Madras plague regulations in force outside the Presidency town - Volume 3
Disease focus: Plague
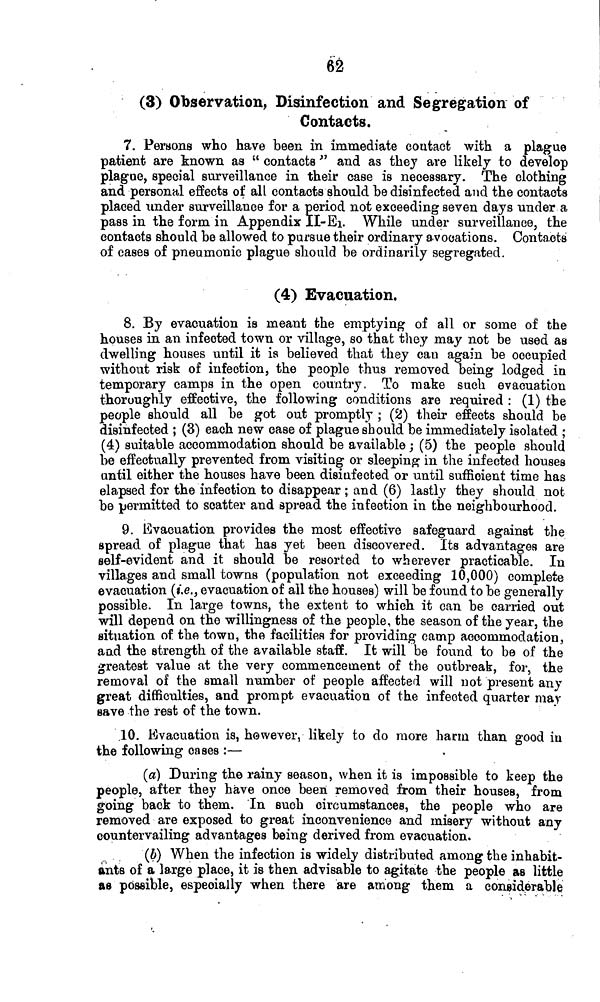
62
(3) Observation, Disinfection and Segregation of
Contacts.
7. Persons who have been in immediate contact with a plague
patient are known as " contacts " and as they are likely to develop
plague, special surveillance in their case is necessary. The clothing
and personal effects of all contacts should be disinfected and the contacts
placed under surveillance for a period not exceeding seven days under a
pass in the form in Appendix II-EI. While under surveillance, the
contacts should be allowed to pursue their ordinary avocations. Contacts
of cases of pneumonic plague should be ordinarily segregated.
(4) Evacuation.
8. By evacuation is meant the emptying of all or some of the
houses in an infected town or village, so that they may not be used as
dwelling houses until it is believed that they cau again be occupied
without risk of infection, the people thus removed being lodged in
temporary camps in the open country. To make such evacuation
thoroughly effective, the following conditions are required : (1) the
people should all be got out promptly ; (2) their effects should be
disinfected ; (3) each new case of plague should be immediately isolated ;
(4) suitable accommodation should be available ; (5) the people should
be effectually prevented from visiting or sleeping- in the infected houses
until either the houses have been disinfected or until sufficient time has
elapsed for the infection to disappear ; and (6) lastly they should not
be permitted to scatter and spread the infection in the neighbourhood.
9. Evacuation provides the most effective safeguard against the
spread of plague that has yet been discovered. Its advantages are
self-evident and it should be resorted to wherever practicable. In
villages and small towns (population not exceeding 10,000) complete
evacuation (i.e., evacuation of all the houses) will be found to be generally
possible. In large towns, the extent to which it can be carried out
will depend on the willingness of the people, the season of the year, the
situation of the town, the facilities for providing camp accommodation,
and the strength of the available staff. It will be found to be of the
greatest value at the very commencement of the outbreak, for, the
removal of the small number of people affected will not present any
great difficulties, and prompt evacuation of the infected quarter may
save the rest of the town.
.10. Evacuation is, h©wever, likely to do more harm than good in
the following cases :—
(a) During the rainy season, when it is impossible to keep the
people, after they have once been removed from their houses, from
going back to them. In such circumstances, the people who are
removed are exposed to great inconvenience and misery without any
countervailing advantages being derived from evacuation.
(b) When the infection is widely distributed among the inhabit-
ants of a large place, it is then advisable to agitate the people as little
as possible, especially when there are among them a considerable